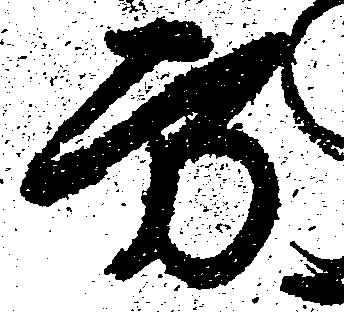
方